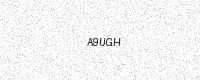
Text: A9UGH